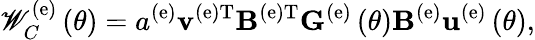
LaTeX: {\mathscr W}_{C}^{\left(\mathrm{e}\right)}\left(\theta\right)=a^{\left(\mathrm{e}\right)}{\mathbf v}^{\left(\mathrm{e}\right)\mathrm{T}}{\mathbf B}^{\left(\mathrm{e}\right)\mathrm{T}}{\mathbf G}^{\left(\mathrm{e}\right)}\left(\theta\right){\mathbf B}^{\left(\mathrm{e}\right)}{\mathbf u}^{\left(\mathrm{e}\right)}\left(\theta\right),